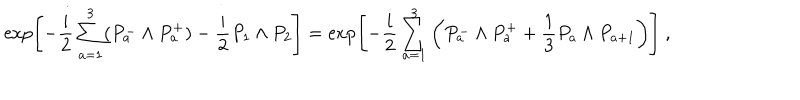
LaTeX: \exp \left[ - \frac { i } { 2 } \sum _ { a = 1 } ^ { 3 } ( P _ { a } ^ { - } \wedge P _ { a } ^ { + } ) - \frac { i } { 2 } P _ { 1 } \wedge P _ { 2 } \right] = \exp \left[ - \frac { i } { 2 } \sum _ { a = 1 } ^ { 3 } \left( P _ { a } ^ { - } \wedge P _ { a } ^ { + } + \frac { 1 } { 3 } P _ { a } \wedge P _ { a + 1 } \right) \right] ~ ,